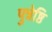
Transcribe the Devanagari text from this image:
पुत्रेष्ठि